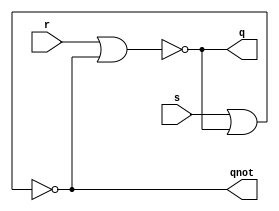
module srlatch(s, r, q, qnot);
	input s, r;
	output q, qnot;
	
	nor nor0(q, r, qnot);
	nor nor1(qnot, s, q);
	
endmodule